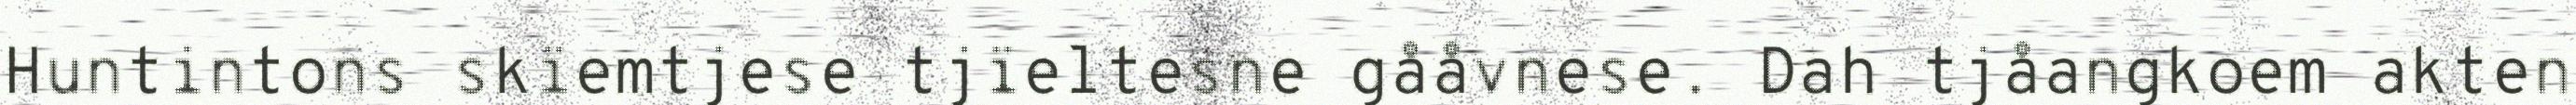
Huntintons skïemtjese tjïeltesne gååvnese. Dah tjåangkoem akten